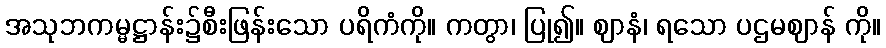
အသုဘကမ္မဋ္ဌာန်း၌စီးဖြန်းသော ပရိကံကို။ ကတွာ၊ ပြု၍။ ဈာနံ၊ ရသော ပဌမဈာန် ကို။